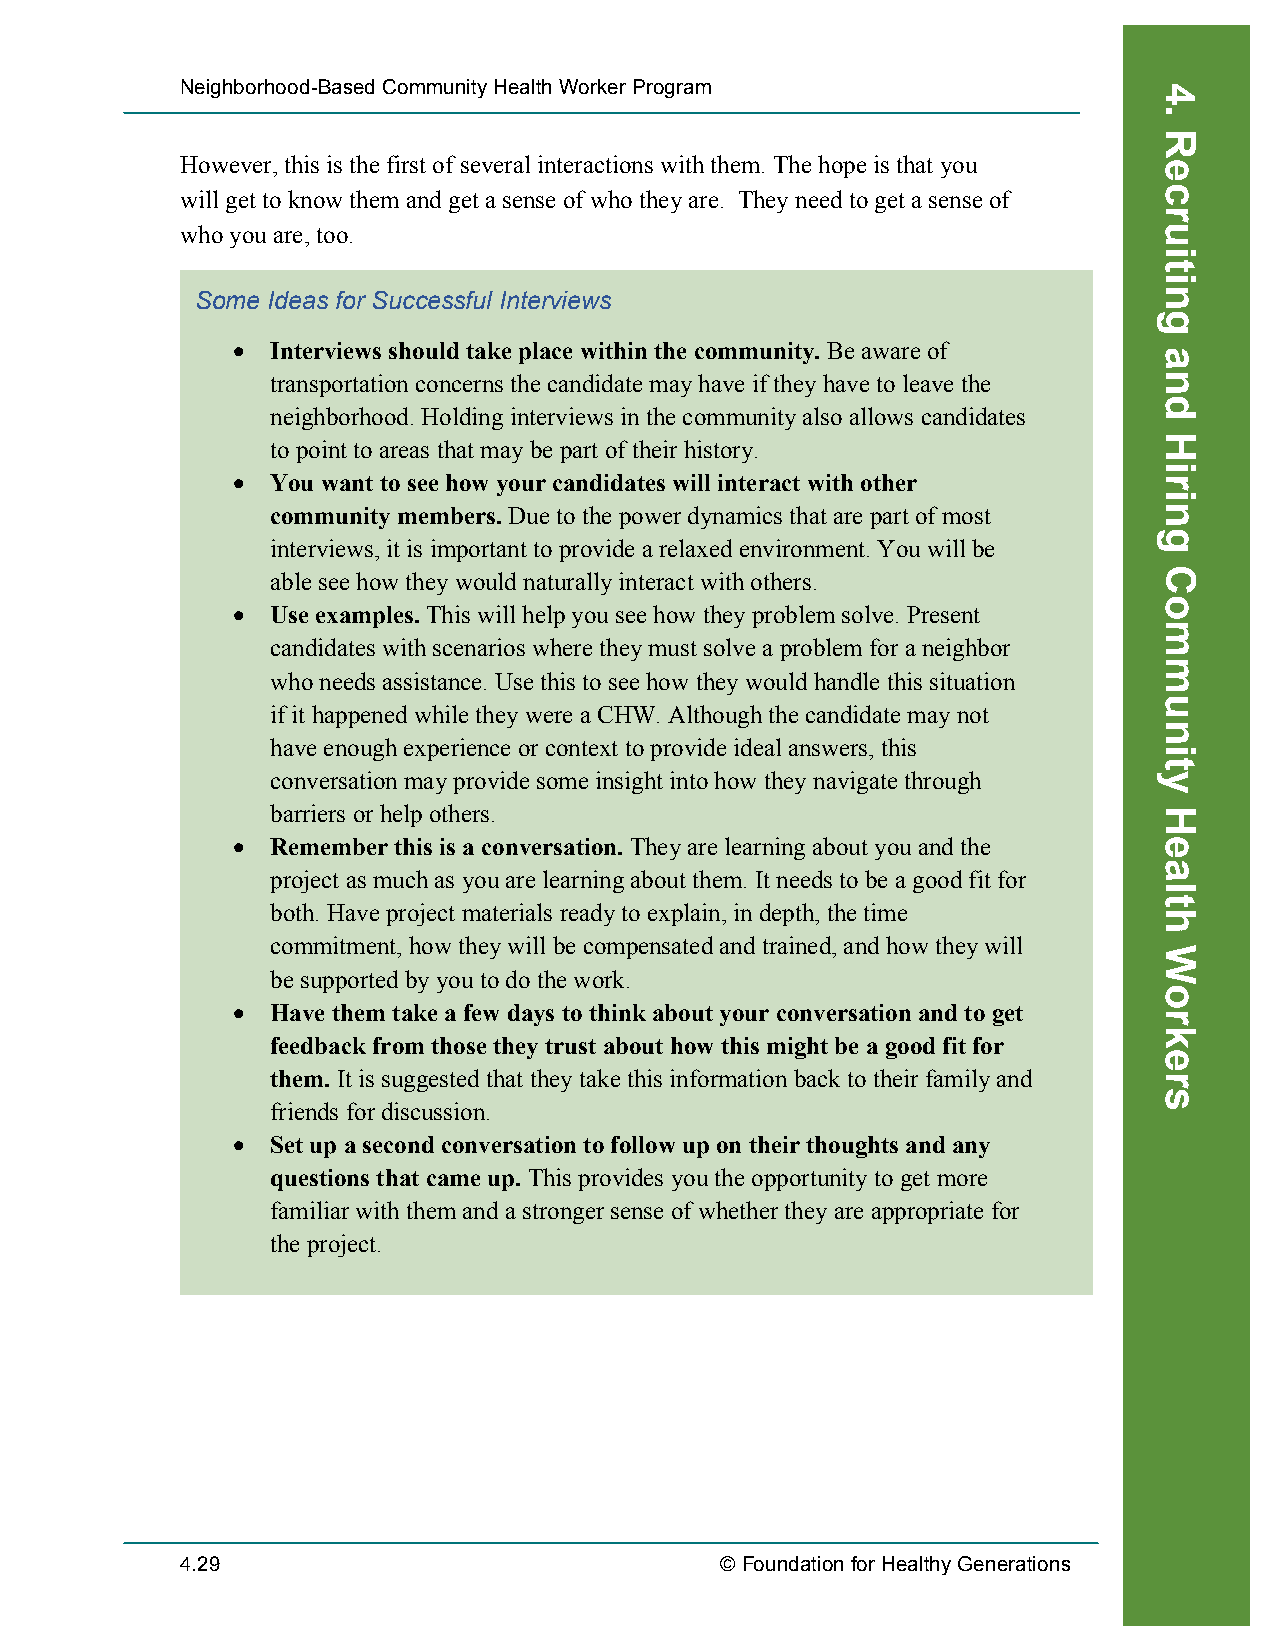
Neighborhood-Based Community Health Worker Program
 However, this is the first of several interactions with them. The hope is that you
 will get to know them and get a sense of who they are. They need to get a sense of
 who you are, too.
 Some Ideas for Successful Interviews
 •  Interviews should take place within the community. Be aware of
 transportation concerns the candidate may have if they have to leave the
 neighborhood. Holding interviews in the community also allows candidates
 to point to areas that may be part of their history.
 •  You want to see how your candidates will interact with other
 community members. Due to the power dynamics that are part of most
 interviews, it is important to provide a relaxed environment. You will be
 able see how they would naturally interact with others.
 •  Use examples. This will help you see how they problem solve. Present
 candidates with scenarios where they must solve a problem for a neighbor
 who needs assistance. Use this to see how they would handle this situation
 if it happened while they were a CHW. Although the candidate may not
 have enough experience or context to provide ideal answers, this
 conversation may provide some insight into how they navigate through
 barriers or help others.
 •  Remember this is a conversation. They are learning about you and the
 project as much as you are learning about them. It needs to be a good fit for
 both. Have project materials ready to explain, in depth, the time
 commitment, how they will be compensated and trained, and how they will
 be supported by you to do the work.
 •  Have them take a few days to think about your conversation and to get
 feedback from those they trust about how this might be a good fit for
 them. It is suggested that they take this information back to their family and
 friends for discussion.
 •  Set up a second conversation to follow up on their thoughts and any
 questions that came up. This provides you the opportunity to get more
 familiar with them and a stronger sense of whether they are appropriate for
 the project.
 4.29                                © Foundation for Healthy Generations
 Recruiting
 4.
 Recruiting
 and
 Hiring
 Community
 Health
 Workers